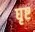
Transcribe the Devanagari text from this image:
घृष्ट